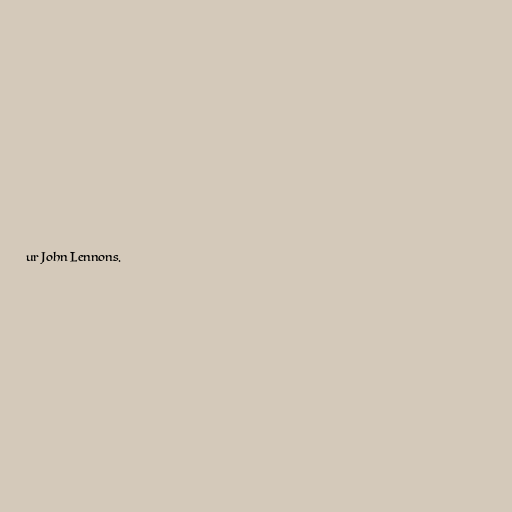
ur John Lennons.